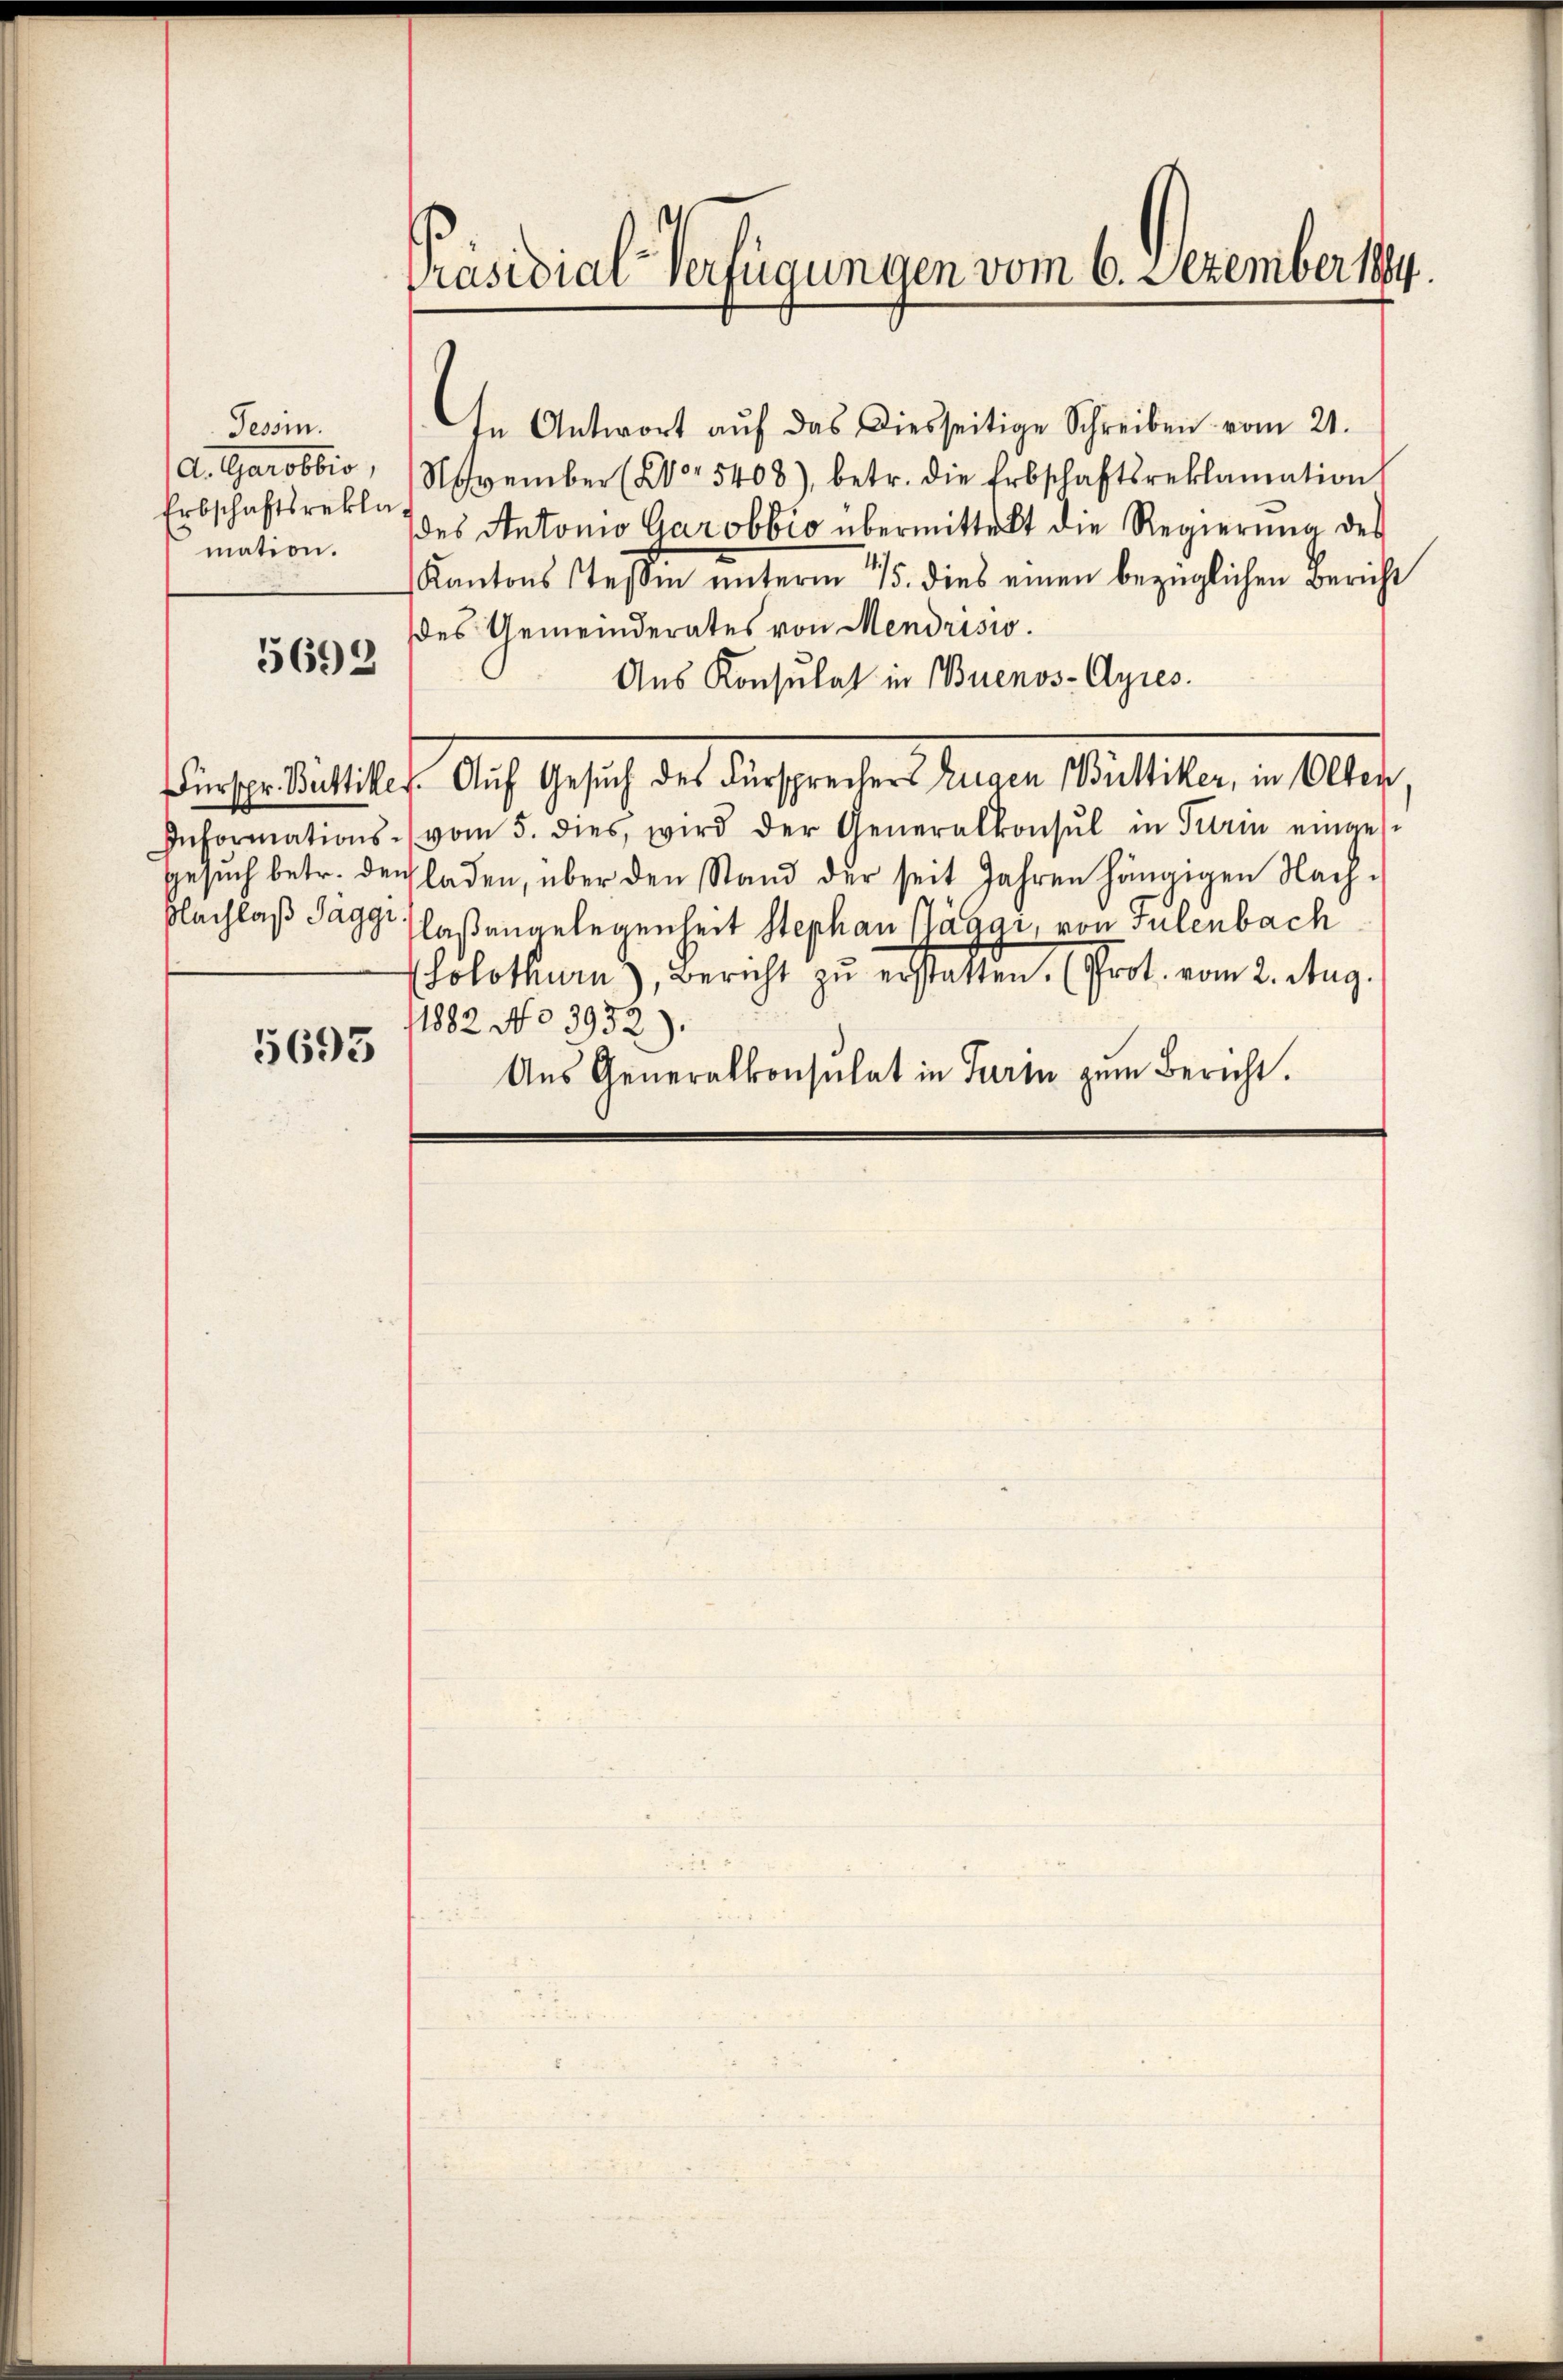
Tessin.
Erbschaftsrekla
mation.

5692

5695

In Antwort aŭf das Diesseitige Schreiben vom 21.
d. Garobbio, November (Ur 5408), betr. die Erbschaftsreklamation
des Antonio Garobbio übermittelt die Regierung des
Kantons Steβen ŭnterm 15. dies einen bezüglichen Bericht
des Gemeinderates von Mendrisio
Aus Konsulat in Buenos-Ayres.
Fürspr. Büttiker. Auf Gesuch des Fürsprecher Eugen Büttiker, in Olten
Informations- vom 5. dies wird der Generalkonsul in Turin einges-
Gesŭch betr. den laden, über den Stand der seit Jahren hängigen Nach-
Blachlaß Jäger Claßengelegenheit Stephan Kabai, von Tulenbach
Solothurn), Bericht zu erstatten. (Prot. vom 2. Aug.
1882 No 3932).
Aus Generalkonsulat in Turin zum Bericht.

Präsidial-Verfügungen vom 6. Dezember 1884.